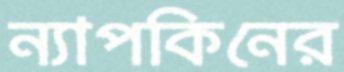
ন্যাপকিনের